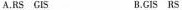
A.RS GIS B.GIS RS